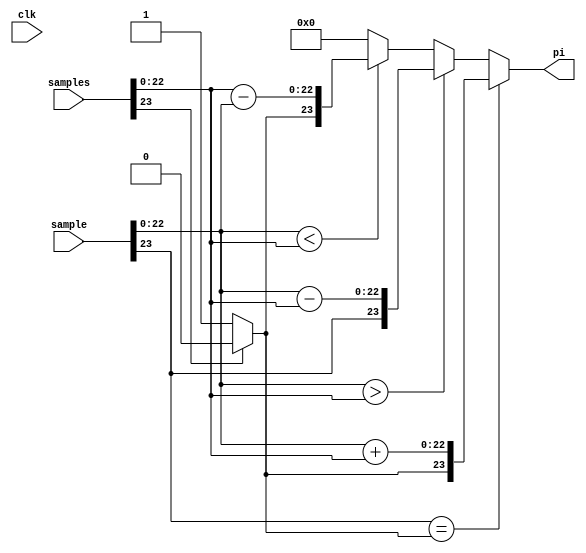
`timescale 1ns / 1ps
//////////////////////////////////////////////////////////////////////////////////
// Company: 
// Engineer: 
// 
// Design Name: 
// Module Name: new
// Project Name: 
// Target Devices: 
// Tool Versions: 
// Description: 
// 
// Dependencies: 
// 
// Revision:
// Revision 0.01 - File Created
// Additional Comments:
// 
//////////////////////////////////////////////////////////////////////////////////


module new(
input clk,input [23:0]samples,sample,output reg[23:0]pi
    );
wire [23:0]x;
wire y;
assign y=(samples[23]==0)?1:0;
//assign x=samples;
assign x={y,samples[22:0]};

always@(*)begin
  if(sample[23]==x[23])begin
     pi<={x[23],sample[22:0]+x[22:0]};
//                // state <= STATE_CALC;
                 end
  else if(sample[22:0]>x[22:0])begin
    pi<={sample[23],sample[22:0]-x[22:0]};
//                // state <= STATE_CALC;
                end
  else if(sample[22:0]<x[22:0])
    pi<={x[23],x[22:0]-sample[22:0]};
  else
   pi<=24'h000000;
//                // state <= STATE_CALC;
//                 end
//                // store new sample
//                samples[sample_index] <= sample;
//                tw_addr <= 0;

               
              // state <= STATE_CALC;
end
 
endmodule